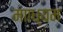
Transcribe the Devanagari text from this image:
मााध्यम